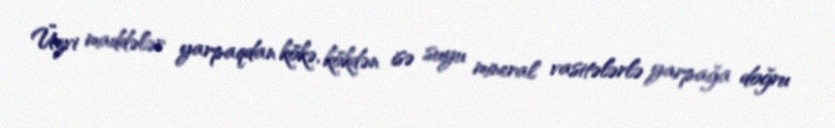
Üzvi maddələr yarpaqdan kökə, kökdən isə suyu mineral vasitələrlə yarpağa doğru